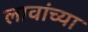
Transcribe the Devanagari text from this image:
लावांच्या